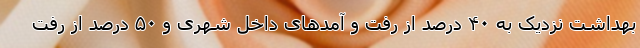
بهداشت نزدیک به ۴۰ درصد از رفت و آمد‌های داخل شهری و ۵۰ درصد از رفت